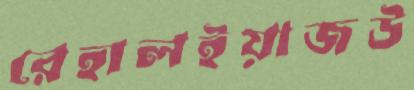
রেহালইয়াজউ